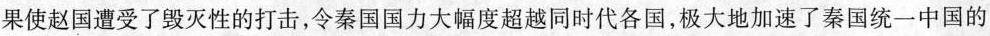
果使赵国遭受了毁灭性的打击，令秦国国力大幅度超越同时代各国，极大地加速了秦国统一中国的